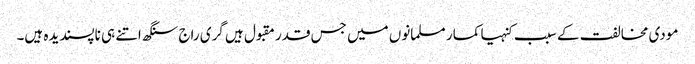
مودی مخالفت کے سبب کنہیا کمار مسلمانوں میں جس قدر مقبول ہیں گری راج سنگھ اتنے ہی ناپسندیدہ ہیں۔